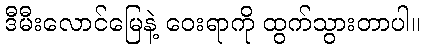
ဒီမီးလောင်မြေနဲ့ ဝေးရာကို ထွက်သွားတာပါ။